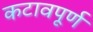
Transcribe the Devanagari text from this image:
कटावपूर्ण